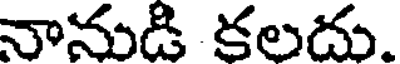
నానుడి కలదు.